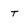
Character: t